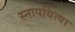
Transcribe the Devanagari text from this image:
स्नापयित्वा